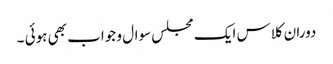
دوران کلاس ایک مجلس سوال و جواب بھی ہوئی ۔